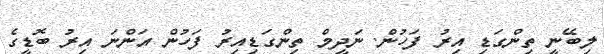
ލިބޭނީ ތިންގަޑި އިރު ފަހުން. ނަދީމް ތިންގަޑިއިރު ފަހުން އަންނަ އިރު ބޮޑީގެ